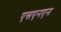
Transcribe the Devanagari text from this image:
एसएनएन